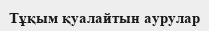
Тұқым қуалайтын аурулар